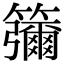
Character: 䉲